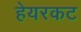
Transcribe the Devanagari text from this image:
हेयरकट